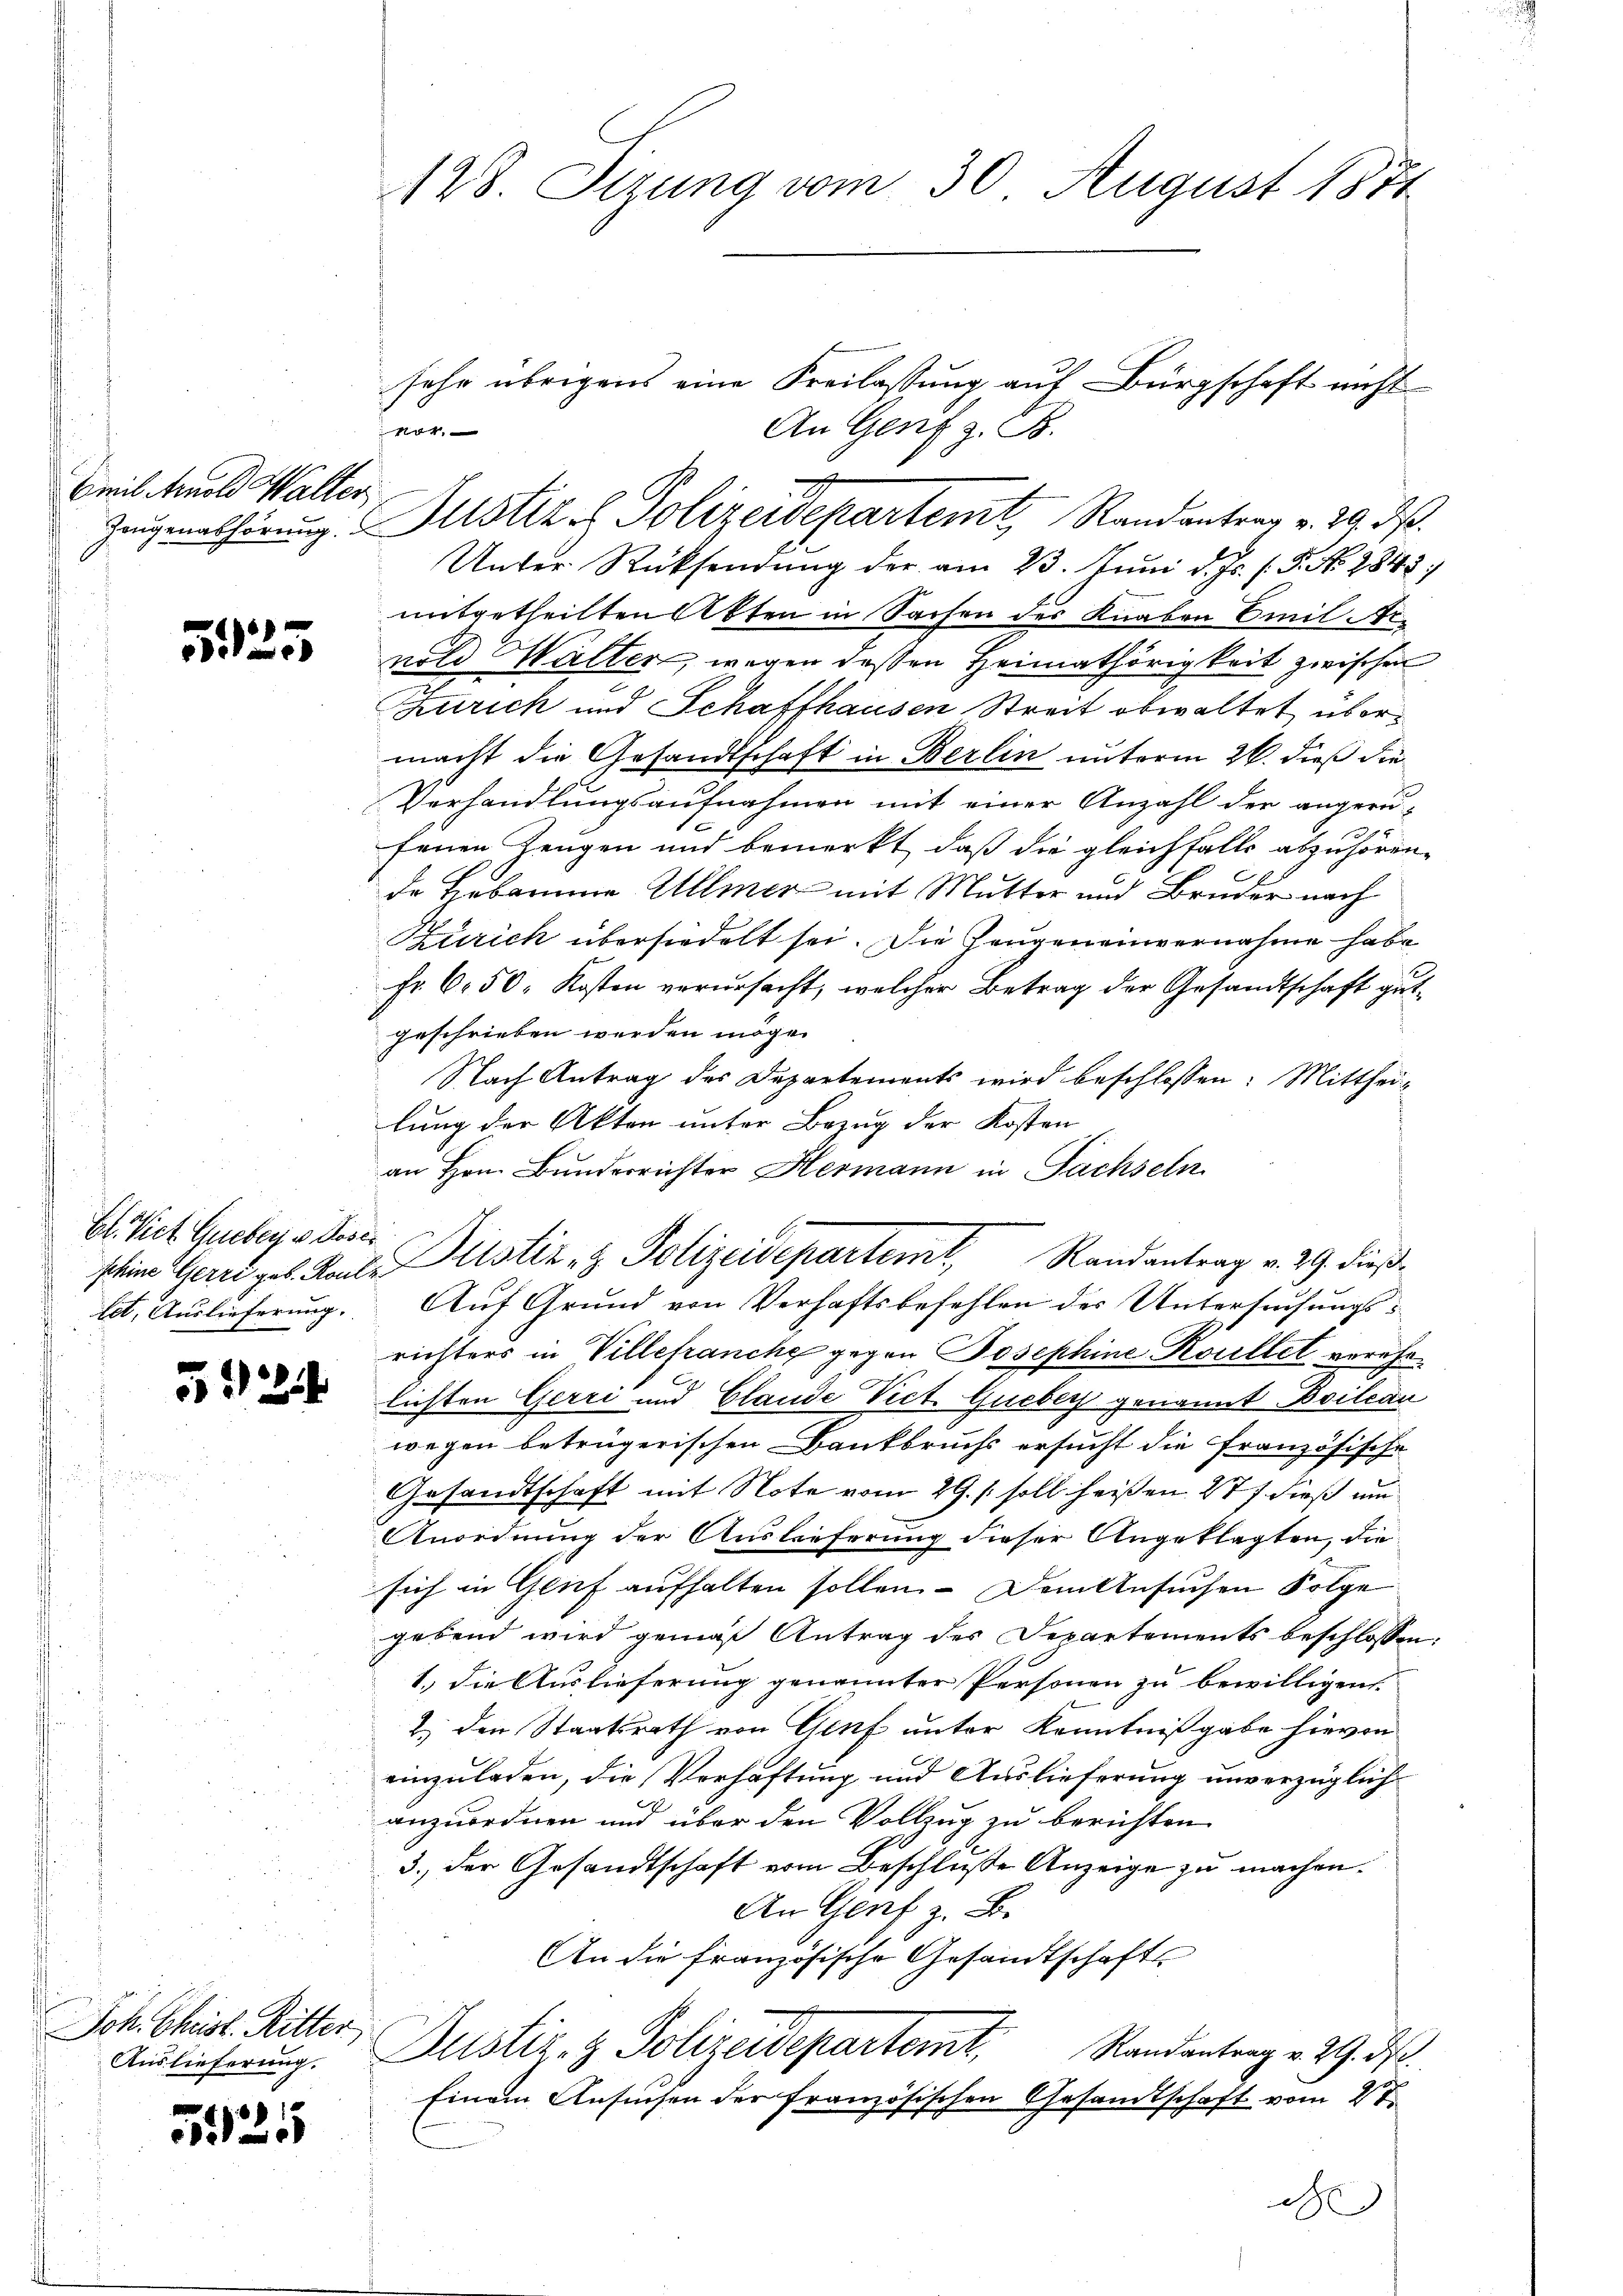
Emil Arnold Walter

525

184.

.
El. Vict Queber v. Rosin

52

Joh. Christ. Ritter
Auslieferung.

525

128. Stzung vom 30. August 1871

sehr übrigens eine Freilassung auf Bürgschaft nicht
An Genf z. B.
d
Zeugenabhörung. Justiz - Polizeidepartemt, Randantrag v. 29. d.
Unter Rücksendung der am 23. Juni d. Js. / 5. No. 2843:
mitgetheilten Akten in Sachen des Knaben Emil Arnold Walten, wegen dessen Heimathörigkeit zwischen
Zürich und Schaffhausen Streit obwaltet übermacht die Gesandtschaft in Berlin unterm 26. dieß die
Verhandlungsaufnahmen mit einer Anzahl der angeru-
fenen Zeugen und bemerkt, daß die gleichfalls abzuhören,
de Hebammen Ullmer mit Mutter und Bruder nach
Zürich übersiedelt sei. Die Zeugeneinvernahme habe
Fr. 650. Kosten verursacht, welcher Betrag der Gesandtschaft gutgeschrieben werden möge.
Nach Antrag des Departements wird beschlossen: Mittheilung der Akten unter Bezug der Kosten
an Hrn. Bunderrichter Hermann in Fachseln
lit. Auslieferung. Auf Grund von Verhaftsbefehlen der Untersuchungsrichters in Villefranche gegen Josephine Kouillet verehelichten Gerri und Glande Vict. Gueber genannt Boileau
wegen betrügerischen Dankbruchs ersucht die französische
Gesandtschaft mit Note vom 29. /. soll heißen 27 f. dieß um
Anordnung der Auslieferung dieser Angeklagten, die
sich in Genf aufhalten sollen. Dem Ansuchen Folge
gebend wird gemäß Antrag des Departements beschlossen,
1.) Die Auslieferung genannter Personen zu bewilligen.
1. den Staatsrath von Genf unter Kenntnißgabe hievon
einzuladen, die Verhaftung und Auslieferung unverzüglich
anzuordnen und über den Vollzug zu berichten
3., der Gesandtschaft vom Beschlusse Anzeige zu machen.
An Genf z. B.
An die französische Gesandtschafts
Justiz- & Polizeidepartemt,
Randantrag v. 29. d.
Einem Ansuchen der französischen Gesandtschaft vom 27.
d

schine Herre geb. Kanleitstiz- & Polizeidepartemt, Randantrag v. 29. dieß¬